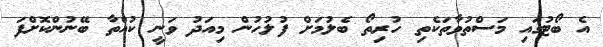
އެ ބޯޓުގައި މަސްތުވާތަކެތި ހުރިތޯ ބެލުމަށް ފުލުހުން މިއަދު ވަނީ ކުއްތާ ބޭނުންކޮށްފަ